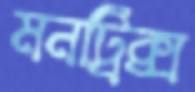
মনট্রিক্স